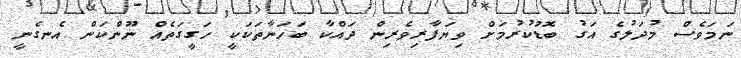
ނަމަވެސް މުދަލުގެ އަގު ބޮޑުކުރުމަށް ވިޔަފާރިވެރިން ދައްކާ ބަހަނާތަކަކީ ހަގީގަތެއް ނޫންކަން އެނގެނީ